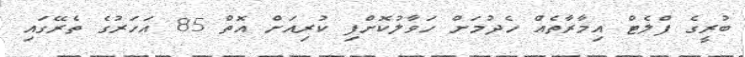
ބުރީގެ ފްލެޓް އިމާރާތެއް ހެދުމަށް ހަވާލުކޮށްފި ކުރިއަށް އޮތް 85 އަހަރުގެ ތެރޭގައި